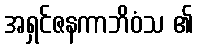
အရှင်ဇနကာဘိဝံသ ၏